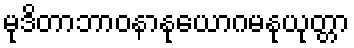
မုဒိတာဘာဝနာနုယောဂမနုယုတ္တာ